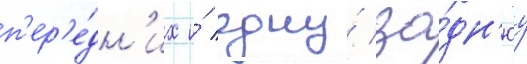
п'ер'е́дн'их и́ одну́ за́дн'юу